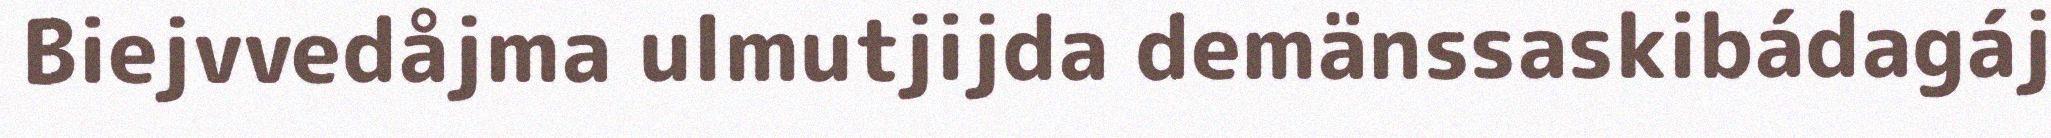
Biejvvedåjma ulmutjijda demänssaskibádagáj